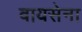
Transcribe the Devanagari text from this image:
वायसेना